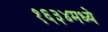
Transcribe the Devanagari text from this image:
१६३४मध्ये